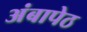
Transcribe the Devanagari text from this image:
अंबापेठ